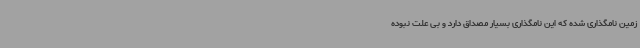
زمین نامگذاری شده که این نامگذاری بسیار مصداق دارد و بی علت نبوده